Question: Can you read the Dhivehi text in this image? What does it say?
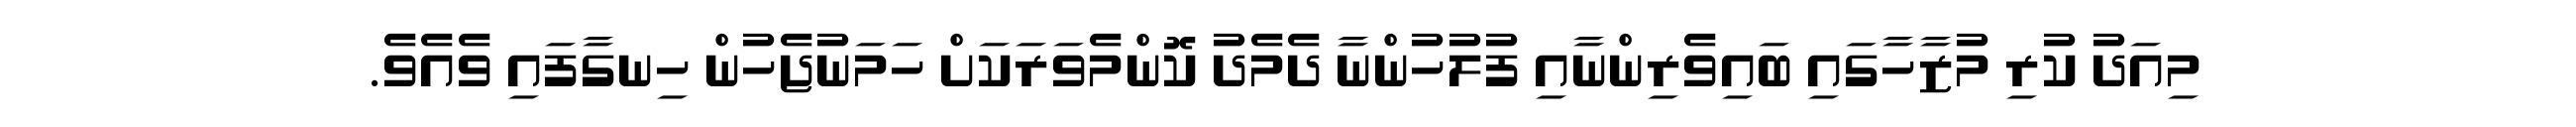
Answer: މިއަދު ކުރި މުޒާހާގައި ބައިވެރިންނާއި ފުލުހުންނާ ދެމެދު ކޮންމެވަރަކަށް ހަމަނުޖެހުން ހިނގާފައި ވެއެވެ.